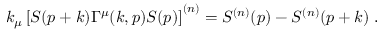
k _ { \mu } \left[ S ( p + k ) \Gamma ^ { \mu } ( k , p ) S ( p ) \right] ^ { ( n ) } = S ^ { ( n ) } ( p ) - S ^ { ( n ) } ( p + k ) \; .